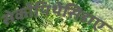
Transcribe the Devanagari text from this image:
सेर्कोपिथेसिडाए